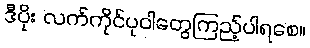
ဒီပိုး လက်ကိုင်ပုဝါတွေကြည့်ပါရစေ။